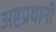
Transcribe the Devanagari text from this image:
अष्टप्रधानी